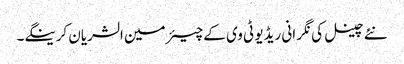
نئے چینل کی نگر انی ریڈیو ٹی وی کے چیئرمین الشریان کرینگے۔